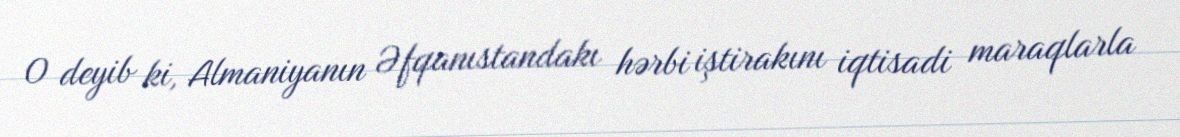
O deyib ki, Almaniyanın Əfqanıstandakı hərbi iştirakını iqtisadi maraqlarla